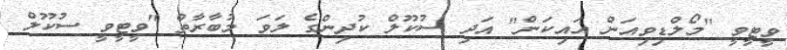
ވީޓީވީ "މޯލްޑިވިއަން އައިކަން" އަދި ސުކޫލް ކުދިންގެ ލަވަ މުބާރާތް "ވީޓީވީ ސުކޫލް